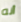
أنه